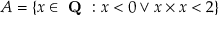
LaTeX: A = \{ x \in { \textbf { Q } } : x < 0 \lor x \times x < 2 \}